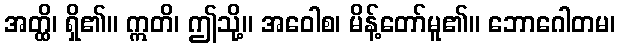
အတ္ထိ၊ ရှိ၏။ ဣတိ၊ ဤသို့။ အဝေါစ၊ မိန့်တော်မူ၏။ ဘောဂေါတမ၊